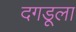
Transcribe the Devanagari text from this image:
दगडूला